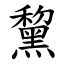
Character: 黧